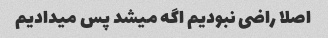
اصلا راضی نبودیم اگه میشد پس میدادیم